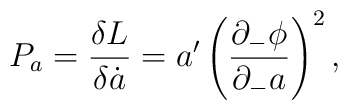
P_a={{\delta L}\over{\delta\dot a}}={a'}\left({{\partial_-\phi}\over{\partial_-a}}\right)^2,